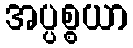
အပ္ပစ္စယာ